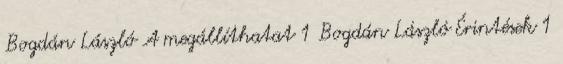
Bogdán László A megállíthatat 1 Bogdán László Érintések 1